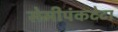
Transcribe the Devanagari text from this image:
सेमीपंकटेटा